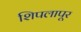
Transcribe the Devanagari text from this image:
शिपलापूर